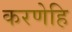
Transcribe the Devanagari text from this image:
करणेहि